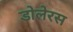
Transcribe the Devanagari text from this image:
डोलेरस